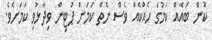
ކޮން ބައެއް ކަމުގެ ހެއްކެއް ވެސް ނެތް ކަމަށް ޕުޓިން ވިދާޅުވި ކަމަށެވެ.